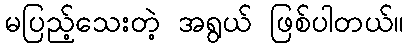
မပြည့်သေးတဲ့ အရွယ် ဖြစ်ပါတယ်။